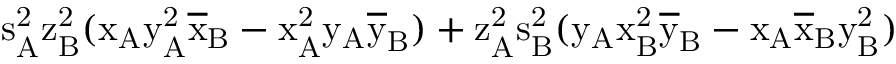
\mathrm { s _ { A } ^ { 2 } \mathrm { z _ { B } ^ { 2 } ( \mathrm { x _ { A } \mathrm { y _ { A } ^ { 2 } \mathrm { \overline { { x } } _ { B } - \mathrm { x _ { A } ^ { 2 } \mathrm { y _ { A } \mathrm { \overline { { y } } _ { B } ) + \mathrm { z _ { A } ^ { 2 } \mathrm { s _ { B } ^ { 2 } ( \mathrm { y _ { A } \mathrm { x _ { B } ^ { 2 } \mathrm { \overline { { y } } _ { B } - \mathrm { x _ { A } \mathrm { \overline { { x } } _ { B } \mathrm { y _ { B } ^ { 2 } ) } } } } } } } } } } } } } } } }